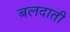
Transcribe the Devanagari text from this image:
बलदाती